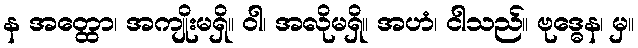
န အတ္ထော၊ အကျိုးမရှိ။ ဝါ၊ အလိုမရှိ။ အဟံ၊ ငါသည်။ ဗုဒ္ဓေန၊ မှ။